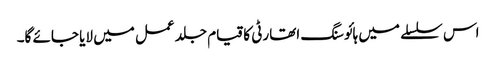
اس سلسلے میں ہائوسنگ اتھارٹی کا قیام جلد عمل میں لایا جائے گا۔